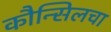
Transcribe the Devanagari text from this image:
कौन्सिलचा